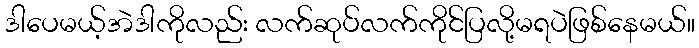
ဒါပေမယ့်အဲဒါကိုလည်း လက်ဆုပ်လက်ကိုင်ပြလို့မရပဲဖြစ်နေမယ်။